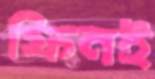
ফিনই